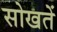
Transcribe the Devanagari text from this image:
सोखतें